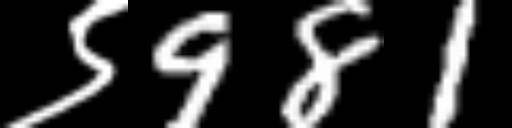
Text: ९981